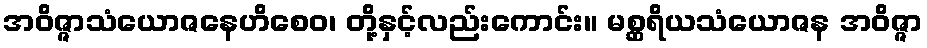
အဝိဇ္ဇာသံယောဇနေဟိစေဝ၊ တို့နှင့်လည်းကောင်း။ မစ္ဆရိယသံယောဇန အဝိဇ္ဇာ